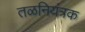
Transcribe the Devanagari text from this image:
तळनियंत्रक